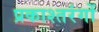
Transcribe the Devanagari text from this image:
प्रकाश्तरंगों